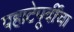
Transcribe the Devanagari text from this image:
पहाटेपूर्वींचा